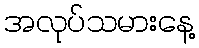
အလုပ်သမားနေ့